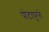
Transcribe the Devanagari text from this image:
पोटापुरते